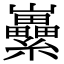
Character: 𡿜